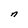
Character: n